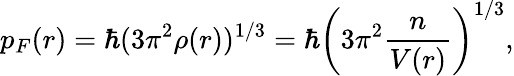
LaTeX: p_{F}(r)=\hbar(3\pi^{2}\rho(r))^{1/3}=\hbar\left(3\pi^{2}\frac{n}{V(r)}\right)^{1/3},